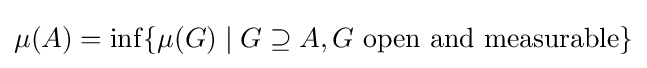
\mu (A)=\inf\{\mu (G)\mid G\supseteq A,G{\text{ open and measurable}}\}